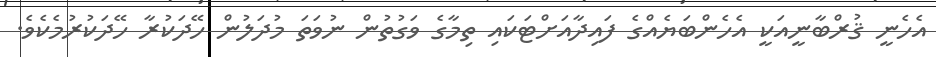
އެހެނީ ޤުރްބާނީއަކީ އެހެންބަޔެއްގެ ފައިދާއަށްޓަކައި ތިމާގެ ވަގުތުން ނުވަތަ މުދަލުން ހޭދަކުރާ ހޭދަކުރުމެކެވެ.